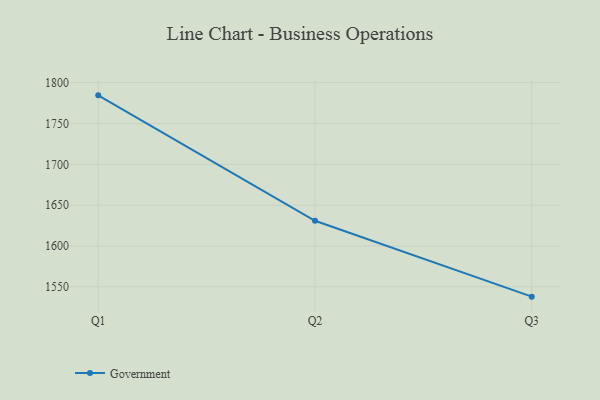
{"axis": {"x": "Quarter", "y": "Production Output"}, "legend": ["Government"], "data": [{"x": "Q1", "y": 1784.5, "type": "Government"}, {"x": "Q2", "y": 1630.9, "type": "Government"}, {"x": "Q3", "y": 1538.0, "type": "Government"}]}